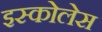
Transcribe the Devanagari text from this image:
इस्कोलेस